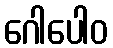
ဂေါပေါဝ